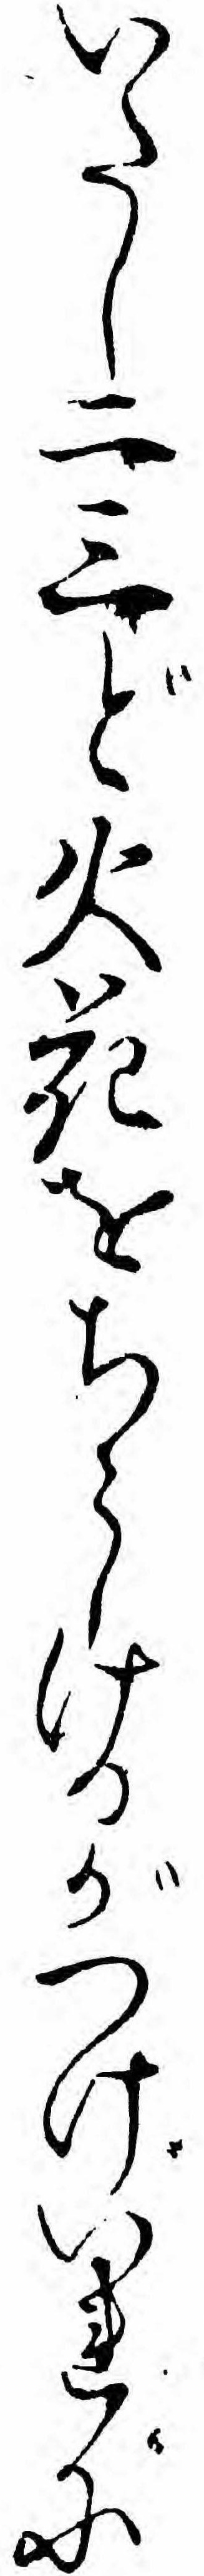
いたし二三ど火花をちらしけるがつけいれに